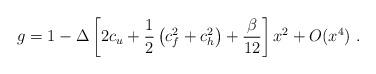
LaTeX: \begin{align*}g=1-\Delta\left[2c_u+\frac12\left(c_f^2+c_h^2\right)+\frac\beta{12}\right]x^2+O(x^4) \ .\end{align*}